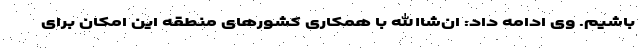
باشیم. وی ادامه داد: ان‌شاالله با همکاری کشورهای منطقه این امکان برای